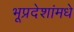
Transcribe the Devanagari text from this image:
भूप्रदेशांमधे